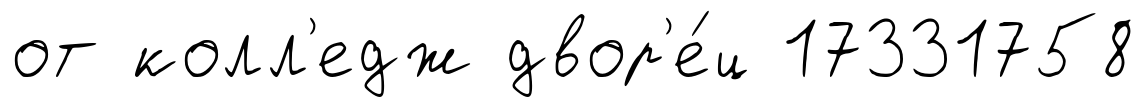
от колл'едж двор'е́ц 17331758